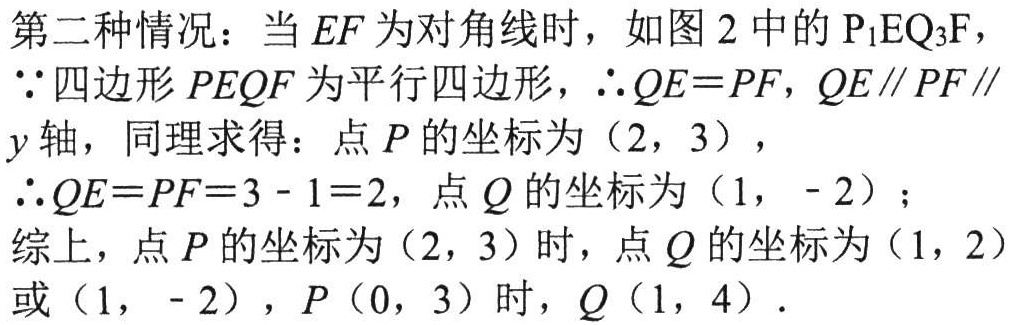
第二种情况：当 \(EF\) 为对角线时，如图 2 中的 \(P_{1}EQ_{3}F\)，
\(\because\)四边形 \(PEQF\) 为平行四边形，\(\therefore QE = PF\)，\(QE\parallel PF\parallel y\) 轴，同理求得：点 \(P\) 的坐标为 \((2,3)\)，
\(\therefore QE = PF = 3 - 1 = 2\)，点 \(Q\) 的坐标为 \((1,-2)\)；
综上，点 \(P\) 的坐标为 \((2,3)\) 时，点 \(Q\) 的坐标为 \((1,2)\) 或 \((1,-2)\)，\(P(0,3)\) 时，\(Q(1,4)\)．